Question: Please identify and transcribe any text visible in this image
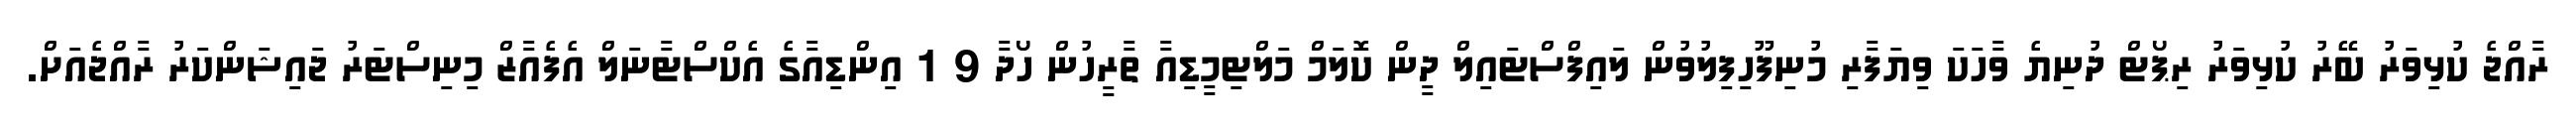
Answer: ރާއްޖެ ކުޅިވަރު ބޭރު ކުޅިވަރު ރިޕޯޓް ދުނިޔެ ވާހަކަ ވިޔަފާރި މުނިފޫހިފިލުވުން ލައިފްސްޓައިލް ދީން ކޮލަމް މަލްޓިމީޑިއާ ތާރީހުން ހޯދާ 9 1 އިންޑިއާގެ އެކްސްޓާނަލް އެފެއާޒް މިނިސްޓަރު ޖައިޝަންކަރު ރާއްޖެއަށް.